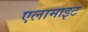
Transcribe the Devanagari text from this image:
एलामाइट